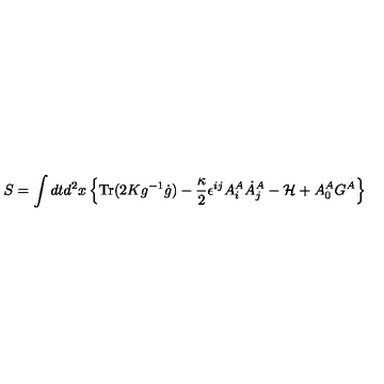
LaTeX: S = \int d t d ^ { 2 } x \left\{ \mathrm { T r } ( 2 K g ^ { - 1 } \dot { g } ) - \frac { \kappa } { 2 } \epsilon ^ { i j } A _ { i } ^ { A } \dot { A } _ { j } ^ { A } - { \cal H } + A _ { 0 } ^ { A } G ^ { A } \right\}